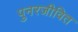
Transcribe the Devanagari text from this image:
पुनरजीवित